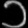
Digit: ၁